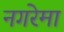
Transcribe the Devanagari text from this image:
नगरेमा